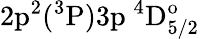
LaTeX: \mathrm{2p^{2}(^{3}P)3p~^{4}D_{5/2}^{o}}